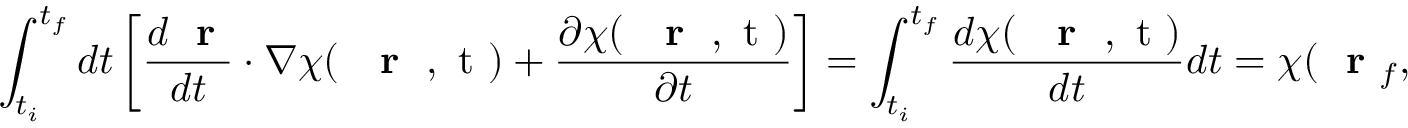
\int _ { t _ { i } } ^ { t _ { f } } d t \left[ \frac { d \mathrm { ~ \bf ~ r ~ } } { d t } \cdot \nabla \chi ( \mathrm { ~ { ~ \bf ~ r ~ } ~ , ~ t ~ } ) + \frac { \partial \chi ( \mathrm { ~ { ~ \bf ~ r ~ } ~ , ~ t ~ } ) } { \partial t } \right] = \int _ { t _ { i } } ^ { t _ { f } } \frac { d \chi ( \mathrm { ~ { ~ \bf ~ r ~ } ~ , ~ t ~ } ) } { d t } d t = \chi ( \mathrm { ~ \bf ~ r ~ } _ { f } , t _ { f } ) - \chi ( \mathrm { ~ \bf ~ r ~ } _ { i } , t _ { i } ) \; ,